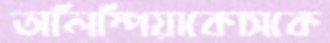
অলিম্পিয়াকোসকে